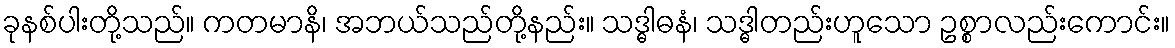
ခုနစ်ပါးတို့သည်။ ကတမာနိ၊ အဘယ်သည်တို့နည်း။ သဒ္ဓါဓနံ၊ သဒ္ဓါတည်းဟူသော ဥစ္စာလည်းကောင်း။